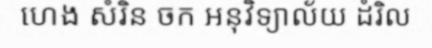
ហេង សំរិន ចក អនុវិទ្យាល័យ ដំរិល